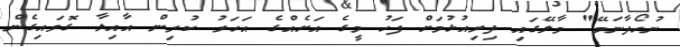
ނުހޯދާނަމޭ" މާލޭގައި ދިރިއުޅުމަށް ފަހު މީގެ އަށެއްގެ އަހަރު ކުރިން އާއިލާ ގޮވައިގެން